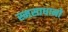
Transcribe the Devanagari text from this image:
स्मसाधानो